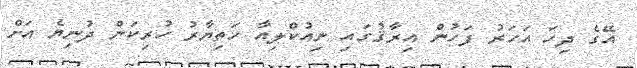
އޭގެ ދިހަ އަހަރު ފަހުން އިރާޤުގައި ނިއުކްލިއާ ހަތިޔާރު ހުރިކަން ދުނިޔެ އަށް